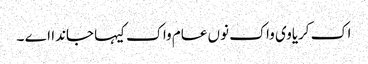
اک کریاوی واک نوں عام واک کیہا جاندا اے ۔